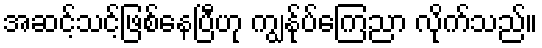
အဆင့်သင့်ဖြစ်နေပြီဟု ကျွန်ုပ်ကြေညာ လိုက်သည်။